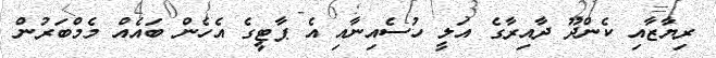
ރިޔާޒާއި ކެންދޫ ދާއިރާގެ އަލީ ހުސެއިނާއި އެ ޕާޓީގެ އެހެން ބައެއް މެމްބަރުން